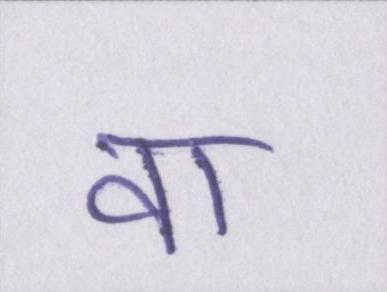
वा